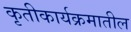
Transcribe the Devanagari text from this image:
कृतीकार्यक्रमातील